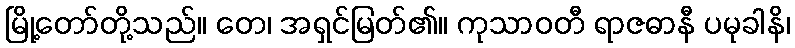
မြို့တော်တို့သည်။ တေ၊ အရှင်မြတ်၏။ ကုသာဝတီ ရာဇဓာနီ ပမုခါနိ၊